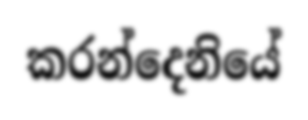
කරන්දෙනියේ